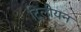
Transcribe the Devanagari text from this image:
ट्रिलीयन